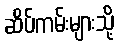
ဆိပ်ကမ်းများသို့